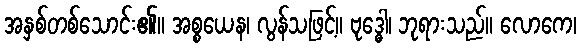
အနှစ်တစ်သောင်း၏။ အစ္စယေန၊ လွန်သဖြင့်။ ဗုဒ္ဓေါ၊ ဘုရားသည်။ လောကေ၊